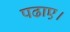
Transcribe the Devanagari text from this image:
पढाए।